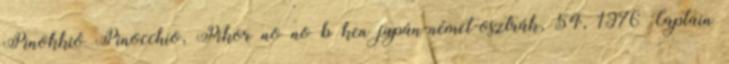
Pinokkió Pinocchio, Pikorīno no bōken japán-német-osztrák, 54, 1976 Captain